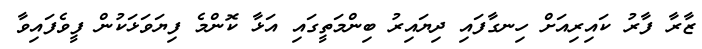
ޒާރާ ފާރު ކައިރިއަށް ހިނގާފައި ދިޔައިރު ބިންމަތީގައި އަޅާ ކޮންމެ ފިޔަވަޅަކުން ފީވެފައިވާ